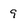
Character: 9